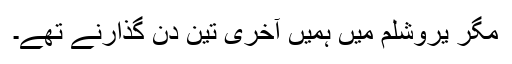
مگر یروشلم میں ہمیں آخری تین دن گذارنے تھے۔